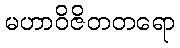
မဟာဝိဇိတတရော